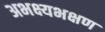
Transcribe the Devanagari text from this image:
अभक्ष्यभक्षण